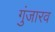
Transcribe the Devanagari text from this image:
गुंजारव